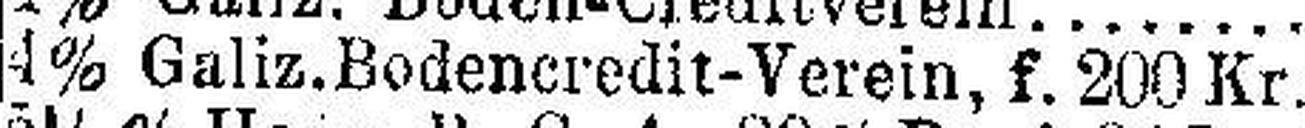
4% Galiz. Bodencredit-Vevein, f. 200 Kr.